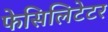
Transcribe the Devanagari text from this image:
फेसिलिटेटर